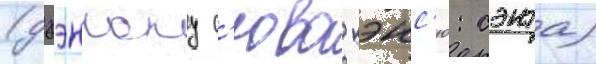
(дзэнкоку с'юва кэнс'ю: сэнта)